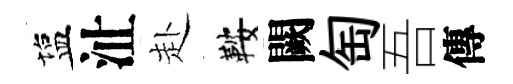
塩沚赴鞍闕匋吾傳